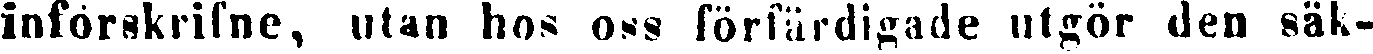
införskrifne, utan hos oss förfärdigade utgör den säk-